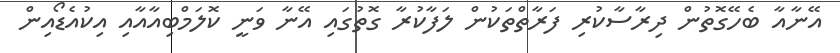
އޭނާއާ ބެހޭގޮތުން ދިރާސާކުރި ފަރާތްތަކުން ލަފާކުރާ ގޮތުގައި އޭނާ ވަނީ ކޮލަމްބިއާއާއި އިކުއެޑޯއިން